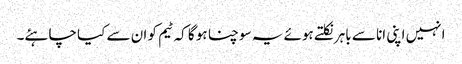
انہیں اپنی انا سے باہر نکلتے ہوئے یہ سوچنا ہو گا کہ ٹیم کو ان سے کیا چاہئے۔